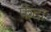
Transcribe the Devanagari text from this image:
फेदा